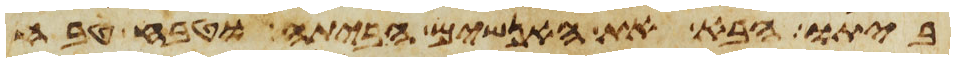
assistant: ביתו הבא את האנשים הביתה וטבח טבח